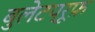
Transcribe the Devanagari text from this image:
बुलेटप्रूफ़